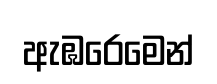
ඇඹරෙමෙන්